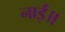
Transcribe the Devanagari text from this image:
नाईं॥